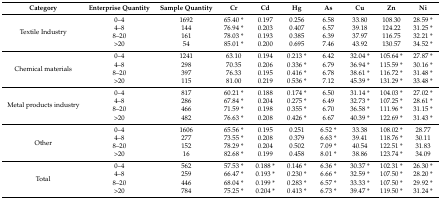
<table><thead><tr><td><b>Category</b></td><td><b>Enterprise Quantity</b></td><td><b>Sample Quantity</b></td><td><b>Cr</b></td><td><b>Cd</b></td><td><b>Hg</b></td><td><b>As</b></td><td><b>Cu</b></td><td><b>Zn</b></td><td><b>Ni</b></td></tr></thead><tbody><tr><td rowspan="4">Textile Industry</td><td>0–4</td><td>1692</td><td>65.40 *</td><td>0.197</td><td>0.256</td><td>6.58</td><td>33.80</td><td>108.30</td><td>28.59 *</td></tr><tr><td>4–8</td><td>144</td><td>76.94 *</td><td>0.203</td><td>0.407</td><td>6.57</td><td>39.18</td><td>124.22</td><td>31.25 *</td></tr><tr><td>8–20</td><td>161</td><td>78.03 *</td><td>0.193</td><td>0.385</td><td>6.39</td><td>37.97</td><td>116.75</td><td>32.21 *</td></tr><tr><td>&gt;20</td><td>54</td><td>85.01 *</td><td>0.200</td><td>0.695</td><td>7.46</td><td>43.92</td><td>130.57</td><td>34.52 *</td></tr><tr><td rowspan="4">Chemical materials</td><td>0–4</td><td>1241</td><td>63.10</td><td>0.194</td><td>0.213 *</td><td>6.42</td><td>32.04 *</td><td>105.64 *</td><td>27.87 *</td></tr><tr><td>4–8</td><td>298</td><td>70.35</td><td>0.206</td><td>0.336 *</td><td>6.79</td><td>36.94 *</td><td>115.59 *</td><td>30.16 *</td></tr><tr><td>8–20</td><td>397</td><td>76.33</td><td>0.195</td><td>0.416 *</td><td>6.78</td><td>38.61 *</td><td>116.72 *</td><td>31.48 *</td></tr><tr><td>&gt;20</td><td>115</td><td>81.00</td><td>0.219</td><td>0.536 *</td><td>7.12</td><td>45.39 *</td><td>131.29 *</td><td>33.48 *</td></tr><tr><td rowspan="4">Metal products industry</td><td>0–4</td><td>817</td><td>60.21 *</td><td>0.188</td><td>0.174 *</td><td>6.50</td><td>31.14 *</td><td>104.03 *</td><td>27.02 *</td></tr><tr><td>4–8</td><td>286</td><td>67.84 *</td><td>0.204</td><td>0.275 *</td><td>6.49</td><td>32.73 *</td><td>107.25 *</td><td>28.61 *</td></tr><tr><td>8–20</td><td>466</td><td>71.59 *</td><td>0.198</td><td>0.355 *</td><td>6.70</td><td>36.58 *</td><td>111.96 *</td><td>31.15 *</td></tr><tr><td>&gt;20</td><td>482</td><td>76.63 *</td><td>0.208</td><td>0.426 *</td><td>6.67</td><td>40.39 *</td><td>122.69 *</td><td>31.43 *</td></tr><tr><td rowspan="4">Other</td><td>0–4</td><td>1606</td><td>65.56 *</td><td>0.195</td><td>0.251</td><td>6.52 *</td><td>33.38</td><td>108.02 *</td><td>28.77</td></tr><tr><td>4–8</td><td>277</td><td>73.55 *</td><td>0.208</td><td>0.379</td><td>6.63 *</td><td>39.41</td><td>118.76 *</td><td>30.11</td></tr><tr><td>8–20</td><td>152</td><td>78.29 *</td><td>0.204</td><td>0.502</td><td>7.09 *</td><td>40.54</td><td>122.51 *</td><td>31.83</td></tr><tr><td>&gt;20</td><td>16</td><td>82.68 *</td><td>0.199</td><td>0.458</td><td>8.01 *</td><td>38.86</td><td>123.74 *</td><td>34.09</td></tr><tr><td rowspan="4">Total</td><td>0–4</td><td>562</td><td>57.53 *</td><td>0.188 *</td><td>0.146 *</td><td>6.36 *</td><td>30.37 *</td><td>102.31 *</td><td>26.30 *</td></tr><tr><td>4–8</td><td>259</td><td>66.47 *</td><td>0.193 *</td><td>0.230 *</td><td>6.66 *</td><td>32.59 *</td><td>107.50 *</td><td>28.20 *</td></tr><tr><td>8–20</td><td>446</td><td>68.04 *</td><td>0.199 *</td><td>0.283 *</td><td>6.57 *</td><td>33.33 *</td><td>107.50 *</td><td>29.92 *</td></tr><tr><td>&gt;20</td><td>784</td><td>75.25 *</td><td>0.204 *</td><td>0.413 *</td><td>6.73 *</td><td>39.47 *</td><td>119.50 *</td><td>31.24 *</td></tr></tbody></table>